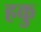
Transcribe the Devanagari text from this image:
हकु